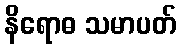
နိရောဓ သမာပတ်